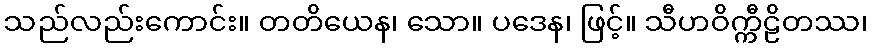
သည်လည်းကောင်း။ တတိယေန၊ သော။ ပဒေန၊ ဖြင့်။ သီဟဝိက္ကီဠိတဿ၊